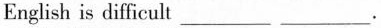
English is difficult ___ ___.